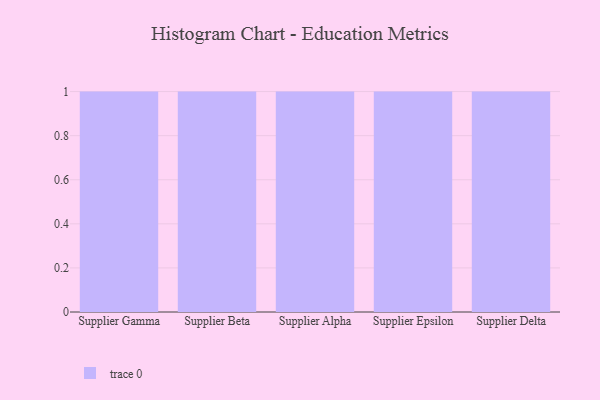
{"axis": {"x": "Supplier", "y": "Gross Profit (USD K)"}, "legend": [""], "data": [{"x": "Supplier Gamma", "y": 19, "type": ""}, {"x": "Supplier Beta", "y": 56, "type": ""}, {"x": "Supplier Alpha", "y": 57, "type": ""}, {"x": "Supplier Epsilon", "y": 4, "type": ""}, {"x": "Supplier Delta", "y": 32, "type": ""}]}